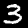
Label: 3